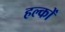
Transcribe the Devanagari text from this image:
हल्कों